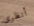
أنظرى